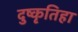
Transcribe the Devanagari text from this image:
दुष्कृतिहा